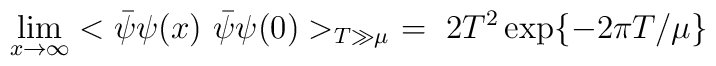
\lim_{x\rightarrow\infty} <\bar{\psi}\psi(x)~\bar{\psi}\psi(0)>_{T\gg\mu}\ = \ 2T^2\exp\{-2\pi T/\mu\}